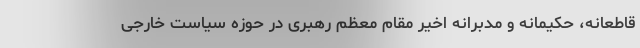
قاطعانه، حکیمانه و مدبرانه اخیر مقام معظم رهبری در حوزه سیاست خارجی